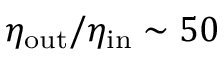
\eta _ { \mathrm { o u t } } / \eta _ { \mathrm { i n } } \sim 5 0